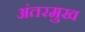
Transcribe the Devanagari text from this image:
अंतरमुख